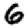
Digit: 6